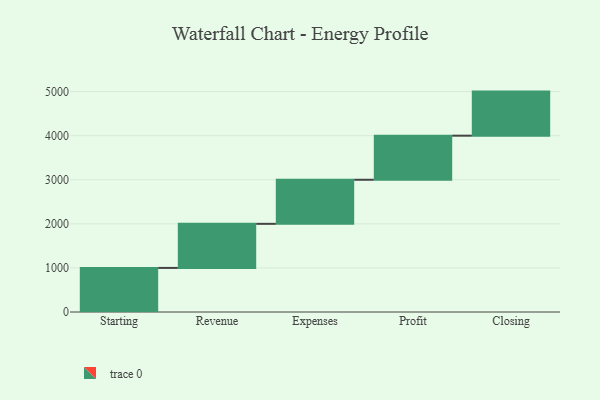
{"axis": {"x": "Step", "y": "Value"}, "legend": [""], "data": [{"x": "Starting", "y": 1000, "type": ""}, {"x": "Revenue", "y": 1000, "type": ""}, {"x": "Expenses", "y": 1000, "type": ""}, {"x": "Profit", "y": 1000, "type": ""}, {"x": "Closing", "y": 1000, "type": ""}]}